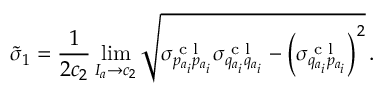
\tilde { \sigma } _ { 1 } = \frac { 1 } { 2 c _ { 2 } } \operatorname* { l i m } _ { I _ { a } \to c _ { 2 } } \sqrt { \sigma _ { p _ { a _ { i } } p _ { a _ { i } } } ^ { \textrm { c l } } \sigma _ { q _ { a _ { i } } q _ { a _ { i } } } ^ { \textrm { c l } } - \left( \sigma _ { q _ { a _ { i } } p _ { a _ { i } } } ^ { \textrm { c l } } \right) ^ { 2 } } \, .